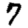
Digit: 7